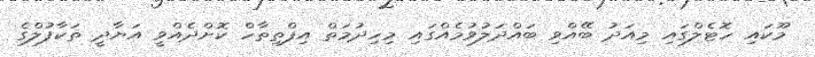
މޫކައި ހޮޓެލްގައި މިއަދު ބޭއްވި ބައްދަލުވުމެއްގައި މިހިދުމަތް އިފްތިތާހް ކޮށްދެއްވީ އަޔާދީ ތަކާފުލްގެ